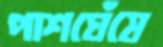
পাশঘেঁষে